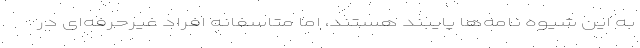
به این شیوه نامه‌ها پایبند هستند، اما متاسفانه افراد غیرحرفه‌ای در